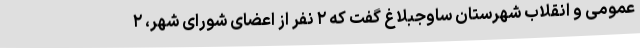
عمومی و انقلاب شهرستان ساوجبلاغ گفت که ۲ نفر از اعضای شورای شهر، ۲